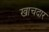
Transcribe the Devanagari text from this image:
खाचदार